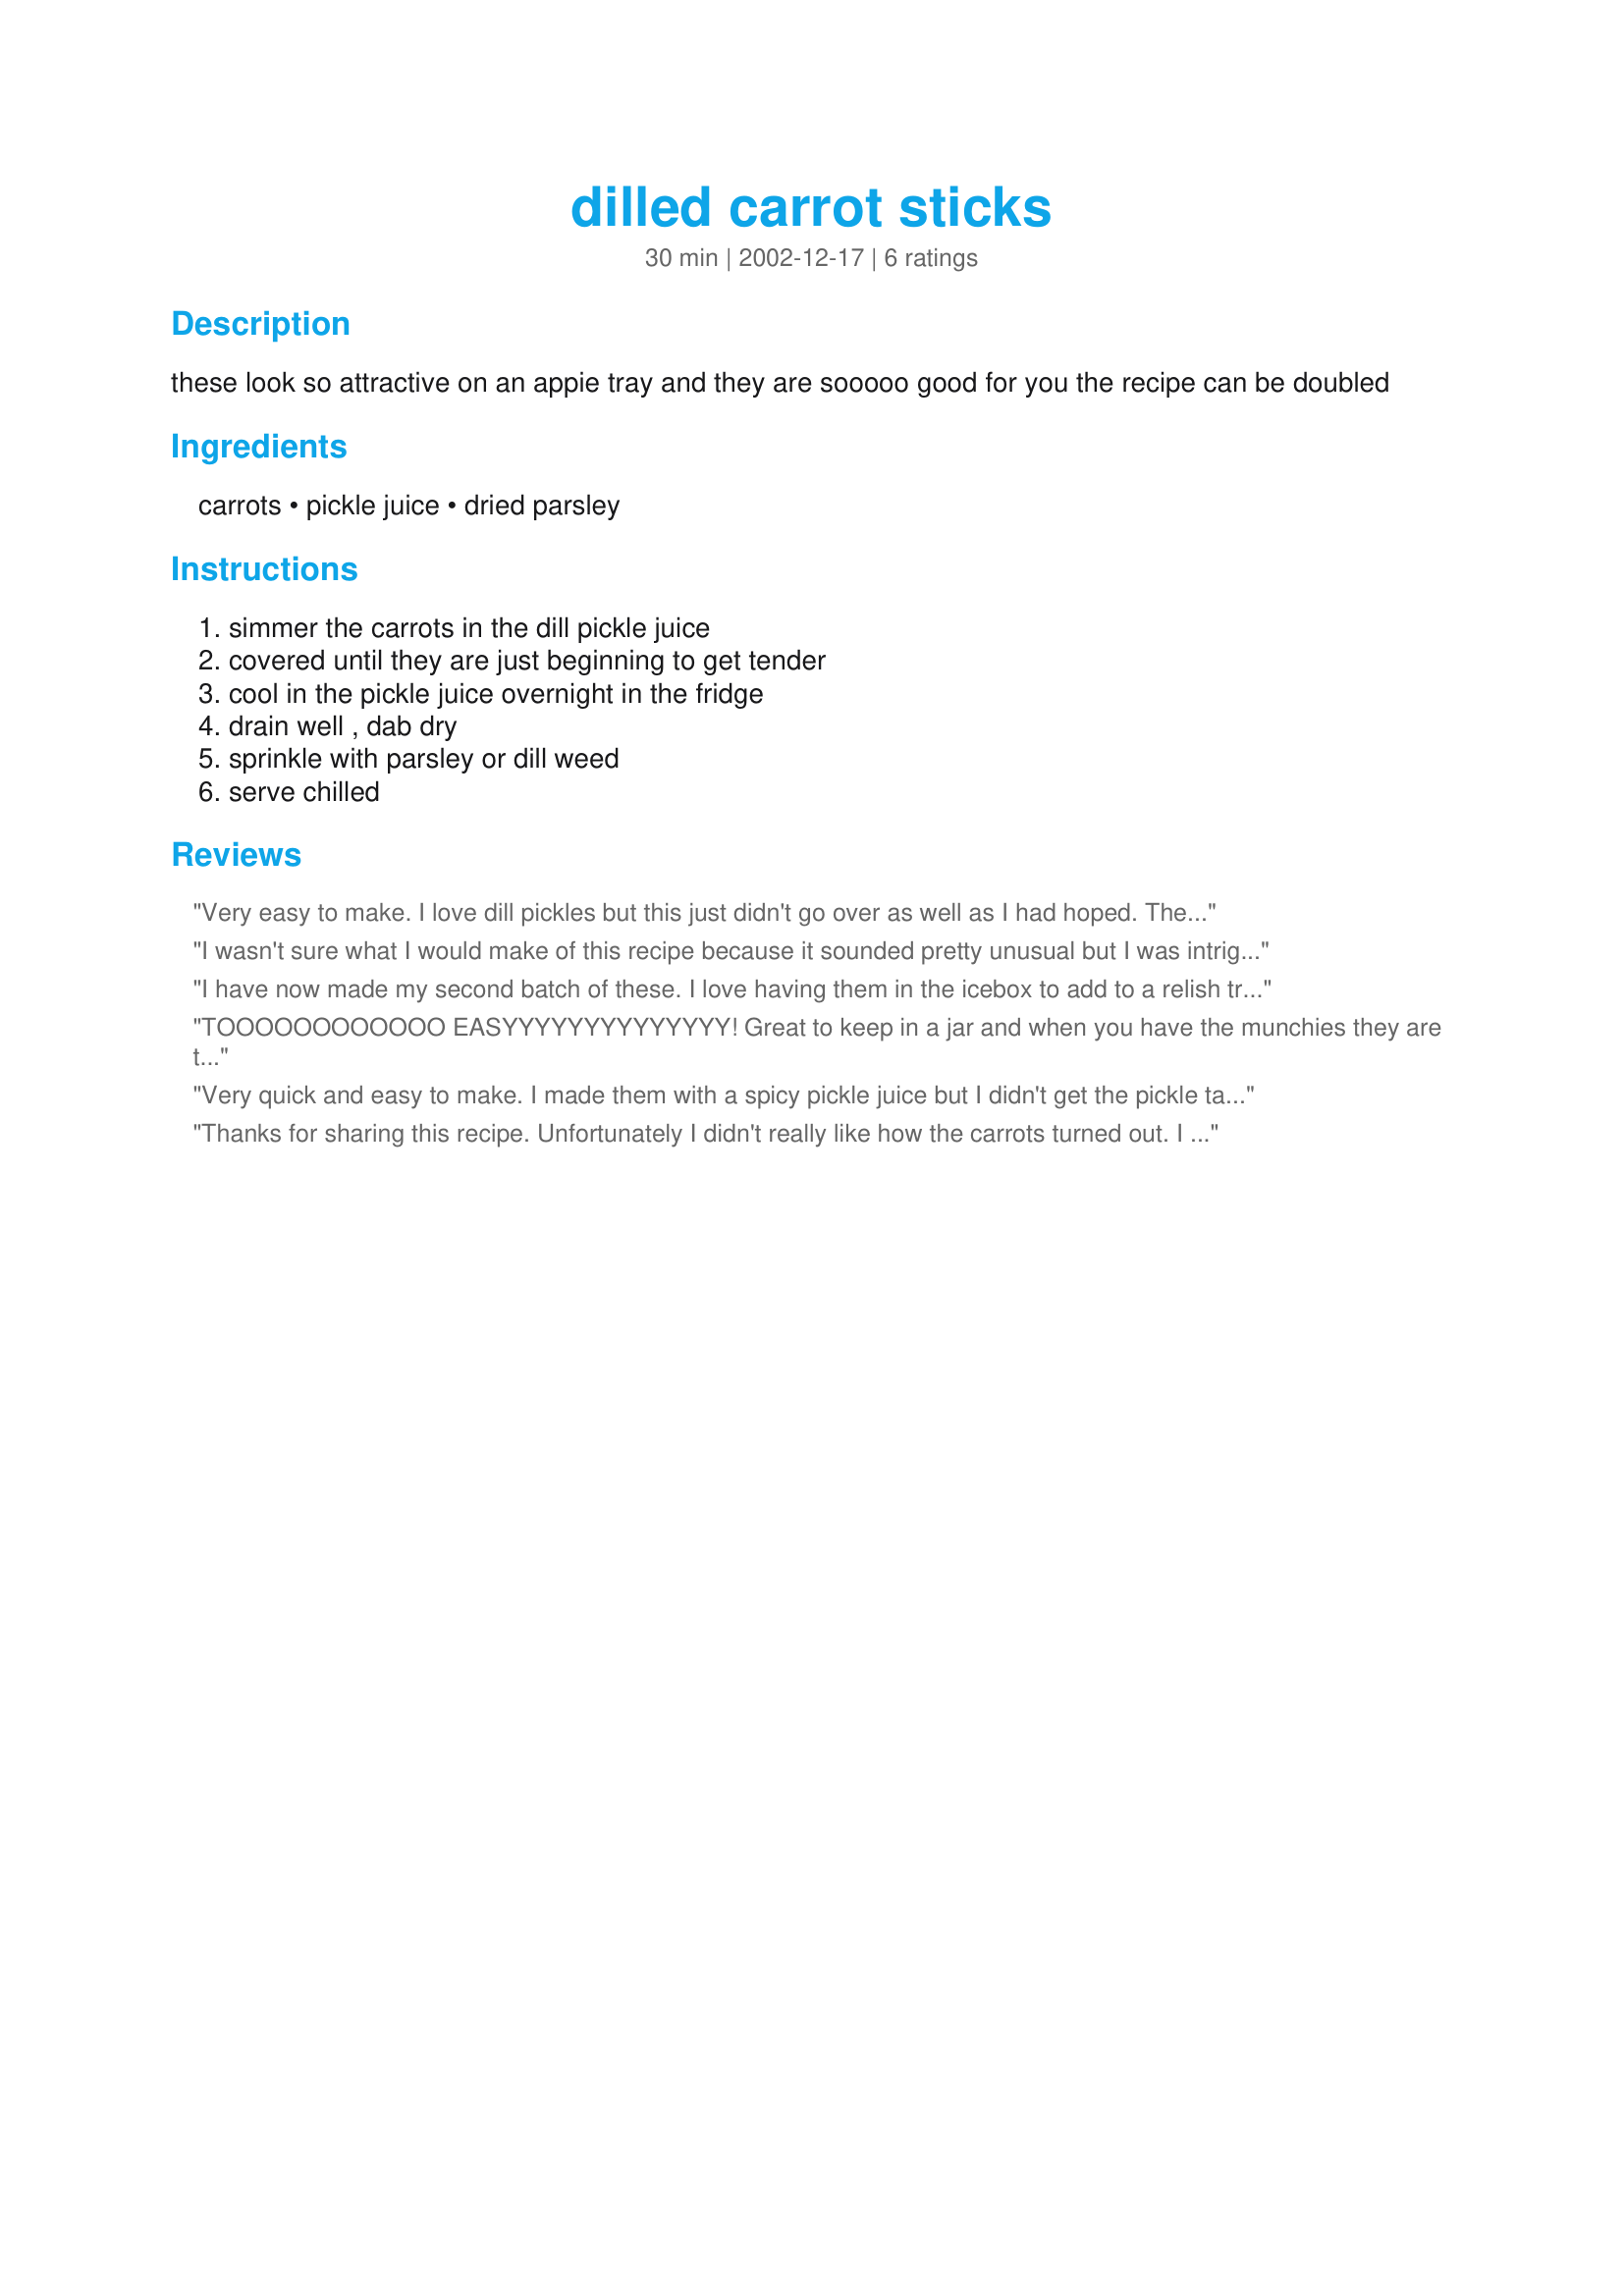
dilled carrot sticks
Preparation time: 30 minutes

these look so attractive on an appie tray and they are sooooo good for you the recipe can be doubled

Ingredients:
carrots, pickle juice, dried parsley

Steps:
simmer the carrots in the dill pickle juice, covered until they are just beginning to get tender, cool in the pickle juice overnight in the fridge, drain well , dab dry, sprinkle with parsley or dill weed, serve chilled

Reviews:
Very easy to make. I love dill pickles but this just didn't go over as well as I had hoped. These were ok, but I wouldn't make them again. Thanks for a great healthy one to try, Bergy!
I wasn't sure what I would make of this recipe because it sounded pretty unusual but I was intrigued because I like both pickles and carrots. I was also drawn to it for the economics of using something most people throw away, such a pickle juice. I am glad I tried it because it turned about to be a good and new taste experience. The recipe was easy and I enjoyed the fresh tasting zing of the carrots. I have been eating them alongside a sandwich at lunch like I would normally do with pickles. Made for PAC Spring 2009.
I have now made my second batch of these. I love having them in the icebox to add to a relish tray and find myself adding them to lunch time quite often. They would also be terrific for a picnic or BBQ. I leave the carrots a tiny bit crisp. Love the dill flavor! Thank you Bergy for sharing another great recipe!
TOOOOOOOOOOOO EASYYYYYYYYYYYYYY!
Great to keep in a jar and when you have the munchies they are there. SO Dilly good.
Very quick and easy to make. I made them with a spicy pickle juice but I didn't get the pickle taste I had hoped for but they are pretty good.
A nice side to a sandwich instead of chips. 

Thanks Bergy.

Bullwinkle
Thanks for sharing this recipe. Unfortunately I didn't really like how the carrots turned out. I like the dill taste but don't like how I could still taste the sweetness of the carrots. I hoped that if I let the carrots sit in the juice longer they would have a stronger dill taste :(
